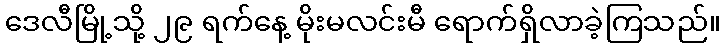
ဒေလီမြို့သို့ ၂၉ ရက်နေ့ မိုးမလင်းမီ ရောက်ရှိလာခဲ့ကြသည်။